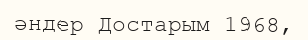
әндер Достарым 1968,